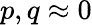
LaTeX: p,q\approx 0